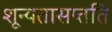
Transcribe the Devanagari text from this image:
शून्यतासप्तति